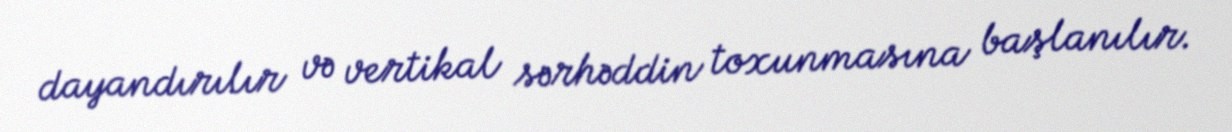
dayandırılır və vertikal sərhəddin toxunmasına başlanılır.